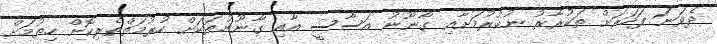
ދެވަނަ ފަހަރަށް ތަކުރާރު ނުކުރުމަށާއި ގާނޫނު އަސާސީ އާއި ގާނޫނުތަކަށް ހުރުމަތްތެރިކޮށް ހިތުމަށް